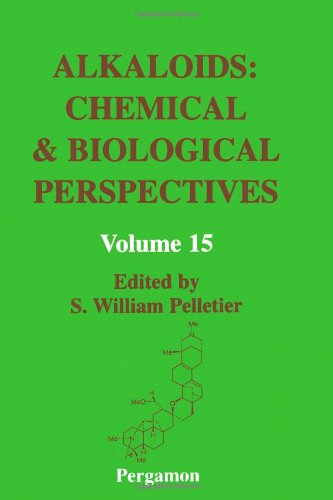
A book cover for Alkaloids: Chemical and Biological Perspectives, Volume 15; S.W. Pelletier; Science & Math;